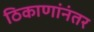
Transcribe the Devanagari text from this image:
ठिकाणांनंतर